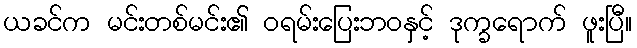
ယခင်က မင်းတစ်မင်း၏ ဝရမ်းပြေးဘဝနှင့် ဒုက္ခရောက် ဖူးပြီ။